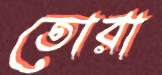
তোরা